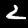
Label: 2